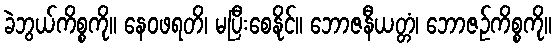
ခဲဘွယ်ကိစ္စကို။ နေဝဖရတိ၊ မပြီးစေနိုင်။ ဘောဇနီယတ္တံ၊ ဘောဇဉ်ကိစ္စကို။